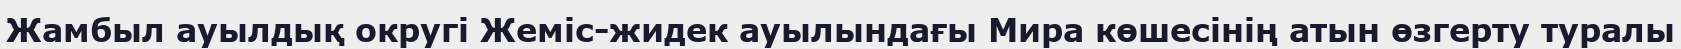
Жамбыл ауылдық округі Жеміс-жидек ауылындағы Мира көшесінің атын өзгерту туралы